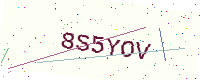
Text: 8S5YOV